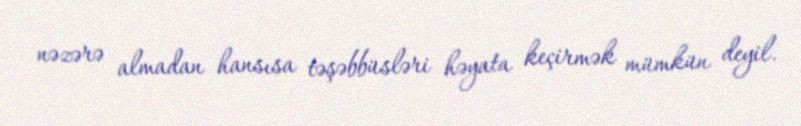
nəzərə almadan hansısa təşəbbüsləri həyata keçirmək mümkün deyil.